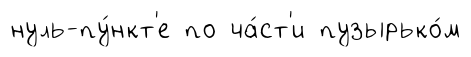
нуль-пу́нкт'е по ча́ст'и пузырько́м